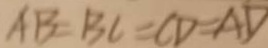
A B = B C = C D = A D